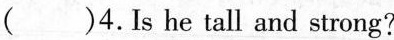
（）4.Is he tall and strong?